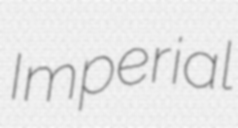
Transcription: Imperial